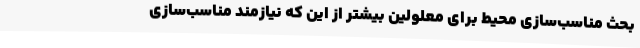
بحث مناسب‌سازی محیط برای معلولین بیشتر از این که نیازمند مناسب‌سازی